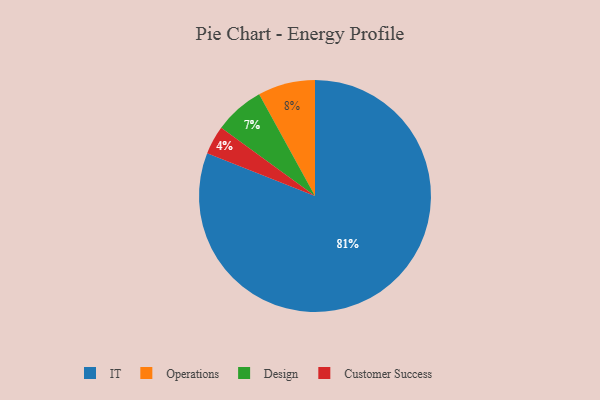
{"axis": {"x": "Category", "y": "Percentage"}, "legend": ["Customer Success", "Design", "IT", "Operations"], "data": [{"x": "Operations", "y": 8, "type": "Operations"}, {"x": "Customer Success", "y": 4, "type": "Customer Success"}, {"x": "IT", "y": 81, "type": "IT"}, {"x": "Design", "y": 7, "type": "Design"}]}